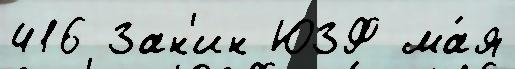
416 Зан'ин ЮЗФ ма́я